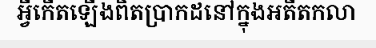
អ្វីកើតឡើងពិតប្រាកដនៅក្នុងអតីតកលា